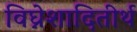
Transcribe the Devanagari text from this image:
विघ्नेशादितीर्थ